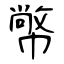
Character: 幤